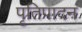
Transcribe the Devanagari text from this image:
पृतिपादन